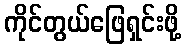
ကိုင်တွယ်ဖြေရှင်းဖို့